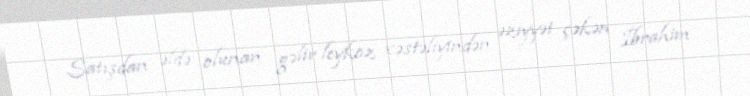
Satışdan əldə olunan gəlir leykoz xəstəliyindən əziyyət çəkən İbrahim